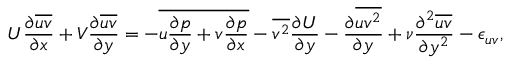
U \frac { \partial \overline { { u v } } } { \partial x } + V \frac { \partial \overline { { u v } } } { \partial y } = - \overline { { u \frac { \partial p } { \partial y } + v \frac { \partial p } { \partial x } } } - \overline { { v ^ { 2 } } } \frac { \partial U } { \partial y } - \frac { \partial \overline { { u v ^ { 2 } } } } { \partial y } + \nu \frac { \partial ^ { 2 } \overline { { u v } } } { \partial y ^ { 2 } } - \epsilon _ { u v } ,